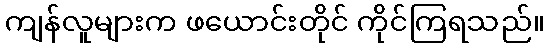
ကျန်လူများက ဖယောင်းတိုင် ကိုင်ကြရသည်။